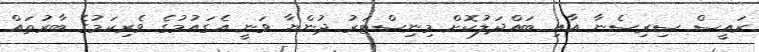
ރައީސް ސިރިސެނާ އާއި ބައްދަލުކޮށް މިނިސްޓަރު ދުންޔާ ވަނީ އެގައުމުގެ ވެރިކަމުގެ ބާރުތައް